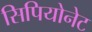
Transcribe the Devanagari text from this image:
सिपियोनेट